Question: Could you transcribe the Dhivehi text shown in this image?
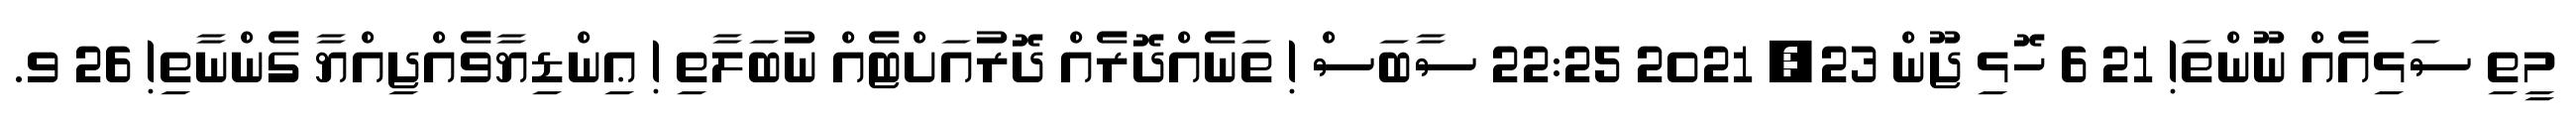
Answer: މީތި ސަޅިއެއް ނޫންތަ! 21 6 ހޮޅި ޖޫން 23, 2021 22:25 ސާބަސް ! ތަނެއްދޮރެއް ދޮރުއަށްޓެއް ނުބަލާތި ! ޢިންޑިޔާވެއްޖިއްޔާ ގެންނާތި! 26 ވ.